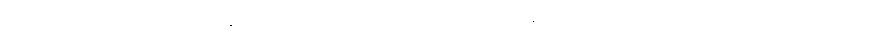
ရေးမှတ်ထားခြင်းကို အမူကွန်း တင်သည်ဟု ခေါ်ဆိုသည်။ အမူကွန်းစကားမှ ပြောင်းလဲလာ၍ အင်းဝခေတ်တွင်